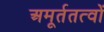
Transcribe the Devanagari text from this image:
अमूर्ततत्वों